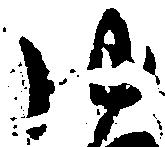
ゆ